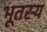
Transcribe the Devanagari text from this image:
भूतस्य